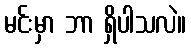
မင်းမှာ ဘာ ရှိပါသလဲ။